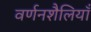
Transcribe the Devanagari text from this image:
वर्णनशैलियाँ